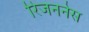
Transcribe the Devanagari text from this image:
रिजननेस